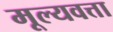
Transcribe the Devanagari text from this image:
मूल्यवत्ता